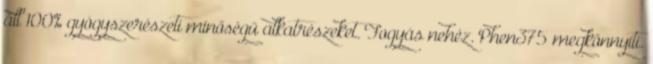
áll 100% gyógyszerészeti minőségű alkatrészeket. Fogyás nehéz. Phen375 megkönnyíti.